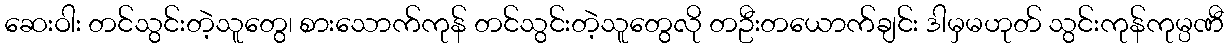
ဆေးဝါး တင်သွင်းတဲ့သူတွေ၊ စားသောက်ကုန် တင်သွင်းတဲ့သူတွေလို တဦးတယောက်ချင်း ဒါမှမဟုတ် သွင်းကုန်ကုမ္ပဏီ